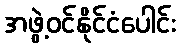
အဖွဲ့ဝင်နိုင်ငံပေါင်း